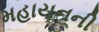
મહાયનની